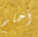
أحلم